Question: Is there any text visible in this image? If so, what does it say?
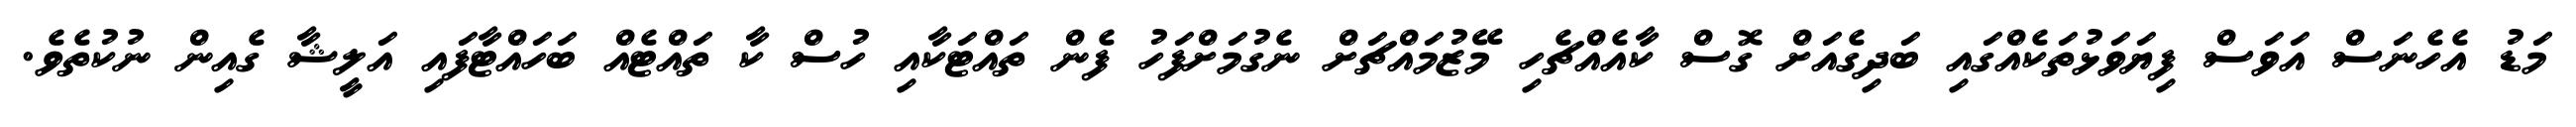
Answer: މަޑު އެހެނަސް އަވަސް ފިޔަވަޅުތަކެއްގައި ބަދިގެއަށް ގޮސް ކާއެއްޗެހި މޭޒުމައްޗަށް ނެގުމަށްފަހު ފެން ތައްޓަކާއި ހުސް ކާ ތައްޓެއް ބަހައްޓާފައި އަލީޝާ ގެއިން ނުކުތެވެ.